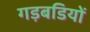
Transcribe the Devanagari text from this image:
गड़बडियों